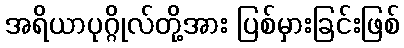
အရိယာပုဂ္ဂိုလ်တို့အား ပြစ်မှားခြင်းဖြစ်